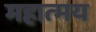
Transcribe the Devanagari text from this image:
महात्‍मय